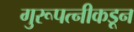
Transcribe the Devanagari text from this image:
गुरूपत्‍नीकडून